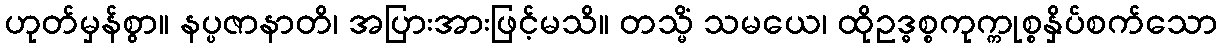
ဟုတ်မှန်စွာ။ နပ္ပဇာနာတိ၊ အပြားအားဖြင့်မသိ။ တသ္မိံ သမယေ၊ ထိုဥဒ္ဓစ္စကုက္ကုစ္စနှိပ်စက်သော